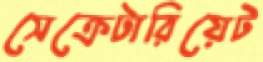
সেক্রেটারিয়েট